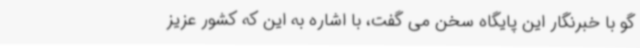
گو با خبرنگار این پایگاه سخن می گفت، با اشاره به این که کشور عزیز